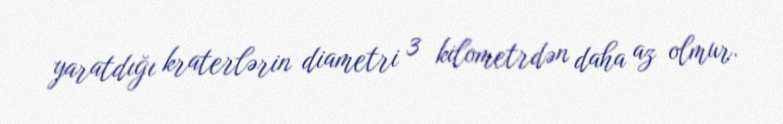
yaratdığı kraterlərin diametri 3 kilometrdən daha az olmur.